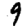
Digit: 9